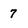
Character: 7